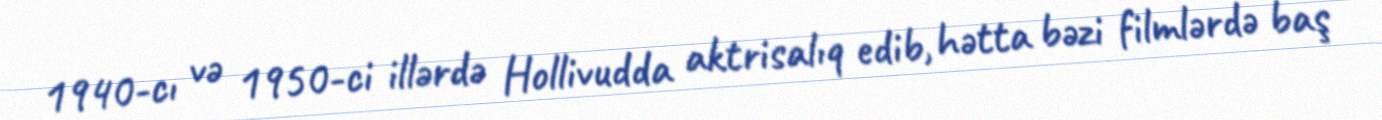
1940-cı və 1950-ci illərdə Hollivudda aktrisalıq edib, hətta bəzi filmlərdə baş